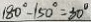
1 8 0 ^ { \circ } - 1 5 0 ^ { \circ } = 3 0 ^ { \circ }